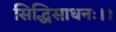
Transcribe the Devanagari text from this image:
सिद्धिसाधनः।।